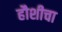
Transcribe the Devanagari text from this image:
हौशीचा